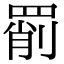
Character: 𦋞